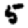
Digit: 5